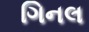
ગિનલ